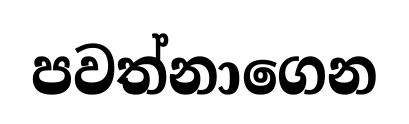
පවත්නාගෙන